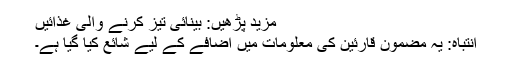
مزید پڑھیں: بینائی تیز کرنے والی غذائیں
انتباہ: یہ مضمون قارئین کی معلومات میں اضافے کے لیے شائع کیا گیا ہے۔